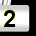
Digit: 2